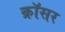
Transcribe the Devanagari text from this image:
क्रॉसर